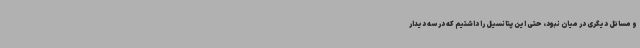
و مسائل دیگری در میان نبود، حتی این پتانسیل را داشتیم که در سه دیدار